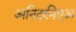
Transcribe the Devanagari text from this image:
अनिदानिएअ